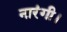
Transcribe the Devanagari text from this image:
नारंगी।